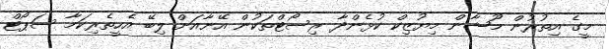
މީގެ އިތުރުން މޫޝާން މިޔުޒިކް ކުޅެންދާ ރިސޯޓްތަކުން އޭނާއަށް ލިބޭ އެހީތެރިކަމާ ސަޕޯޓް